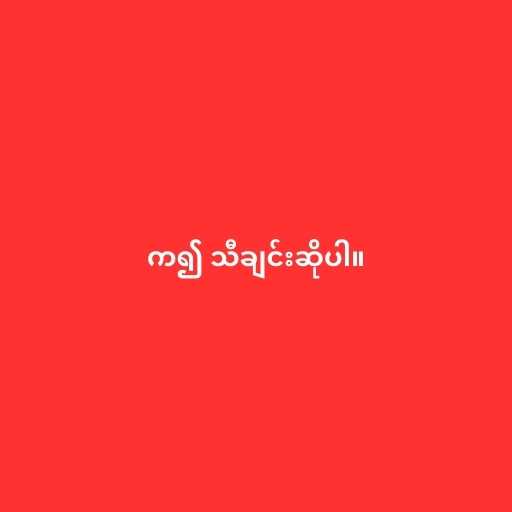
က၍ သီချင်းဆိုပါ။